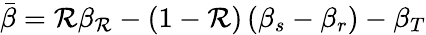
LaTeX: \bar{\beta}=\mathcal{R}\beta_{\mathcal{R}}-\left(1-\mathcal{R}\right)\left(\beta_{s}-\beta_{r}\right)-\beta_{T}